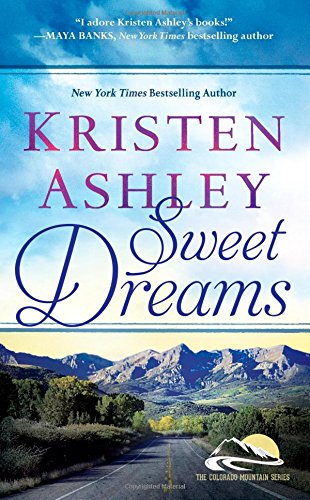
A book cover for Sweet Dreams (Colorado Mountain); Kristen Ashley; Romance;